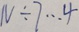
N \div 7 \cdots 4